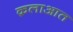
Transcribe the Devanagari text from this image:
क़लाआत